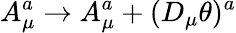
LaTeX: A_{\mu}^{a}\to A_{\mu}^{a}+(D_{\mu}\theta)^{a}